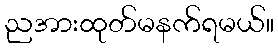
ညအားထုတ်မနက်ရမယ်။